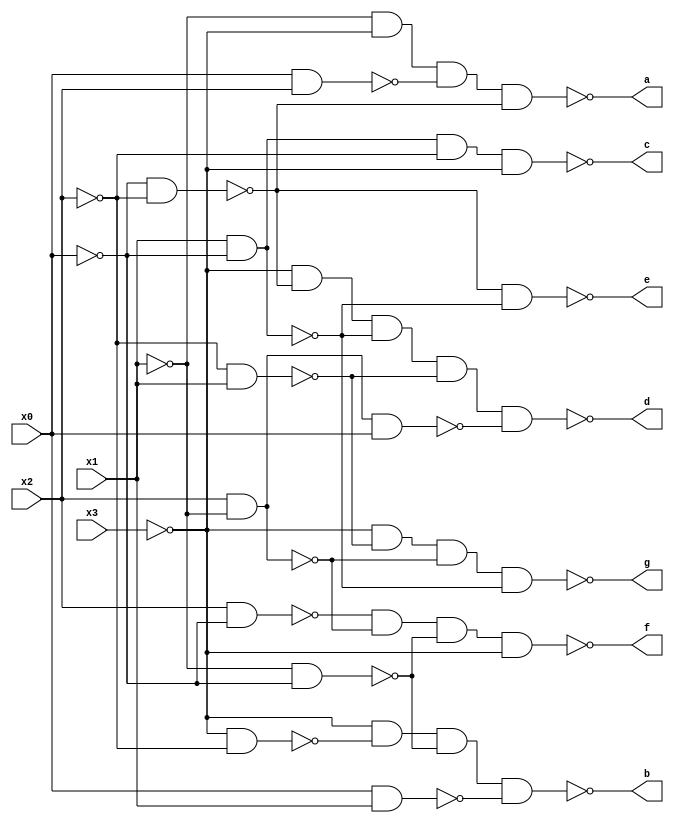
module Project2(
    input x0,
    input x1,
    input x2,
    input x3,
    output a,
    output b,
    output c,
    output d,
    output e,
    output f,
    output g
    );
	 
	wire x3, x2, x1, x0; 
	assign a = ~(~x1 && ~x3 && ~(x0 && x2) && ~(~x0 && ~x2)); //uses NAND-NAND for all
	assign b = ~(~x3 && ~(~x3 && ~x2) && ~( ~x0 && ~x1) && ~(x0 && x1));
	assign c = ~(x1 && ~x0 && ~x2 && ~x3);
	assign d = ~(~x3 & ~(~x2 && ~x0) && ~(x1 && ~x0) && ~(~x2 && x1) && ~(x2 && ~x1 && x0)); 
	assign e = ~(~(~x2 && ~x0) && ~(x1 && ~x0)); 
	assign f = ~(~(x2 && ~x0) && ~(x2 && ~x1) && ~(~x1 && ~x0) && ~x3); 
	assign g = ~(~x3 && ~(~x2 && x1) && ~(x2 && ~x1) && ~(x1 && ~x0));

endmodule